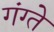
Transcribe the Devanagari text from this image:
गंग्ते